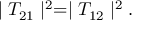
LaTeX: \mid T _ { 2 1 } \mid ^ { 2 } = \mid T _ { 1 2 } \mid ^ { 2 } .